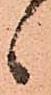
候